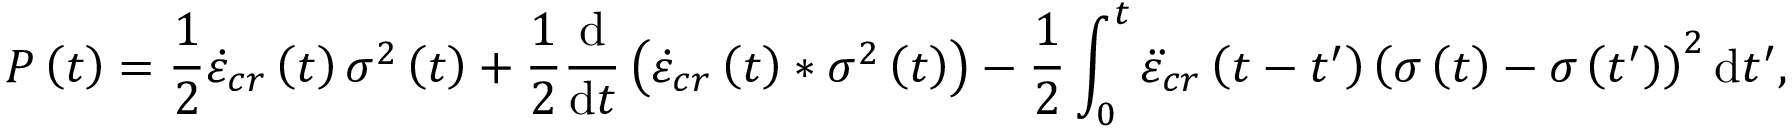
P \left( t \right) = \frac { 1 } { 2 } \dot { \varepsilon } _ { c r } \left( t \right) \sigma ^ { 2 } \left( t \right) + \frac { 1 } { 2 } \frac { \mathrm { d } } { \mathrm { d } t } \left( \dot { \varepsilon } _ { c r } \left( t \right) \ast \sigma ^ { 2 } \left( t \right) \right) - \frac { 1 } { 2 } \int _ { 0 } ^ { t } \ddot { \varepsilon } _ { c r } \left( t - t ^ { \prime } \right) \left( \sigma \left( t \right) - \sigma \left( t ^ { \prime } \right) \right) ^ { 2 } \mathrm { d } t ^ { \prime } ,